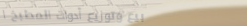
بيع وتوزيع أدوات المطبخ ا